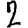
Digit: 2